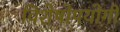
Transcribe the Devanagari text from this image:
विशेषोपयोगी